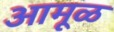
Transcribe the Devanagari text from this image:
आमूळ